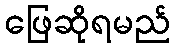
ဖြေဆိုရမည်